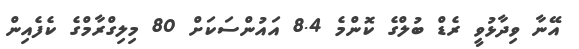
އޭނާ ވިދާޅުވީ ރެޑް ބުލްގެ ކޮންމެ 8.4 އައުންސަކަށް 80 މިލިގްރާމްގެ ކެފެއިން